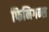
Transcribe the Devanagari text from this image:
फिनिगन्स